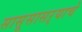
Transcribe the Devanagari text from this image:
सासूसासऱ्याचे